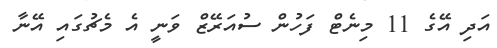
އަދި އޭގެ 11 މިނެޓް ފަހުން ސުއަރޭޒް ވަނީ އެ މެޗުގައި އޭނާ